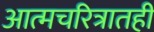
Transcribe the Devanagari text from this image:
आत्मचरित्रातही